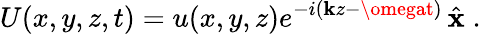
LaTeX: U(x,y,z,t)=u(x,y,z)e^{-i(\mathbf{k}z-\omegat)}\, {\hat{{\mathbf{{x}}}}}\; .